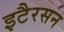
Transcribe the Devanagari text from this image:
इटैरसन